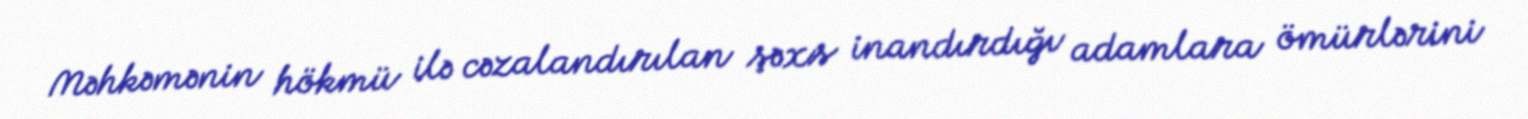
Məhkəmənin hökmü ilə cəzalandırılan şəxs inandırdığı adamlara ömürlərini